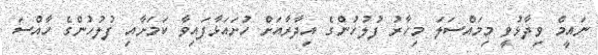
ނައީމް ވިދާޅުވީ މިމައްސަލަ މިހާރު ފުލުހުންގެ އިދާރާއަށް ހުށައަޅާފައިވާ ކަމަށާއި ފުލުހުންގެ ހާއްސަ